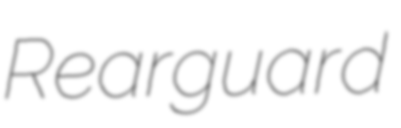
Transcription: Rearguard